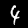
Label: 4